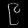
Digit: ၉